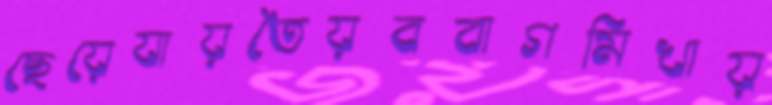
ছেয়েযায়তৈয়ববাগমিখায়